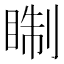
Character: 𥇕